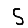
Digit: 5